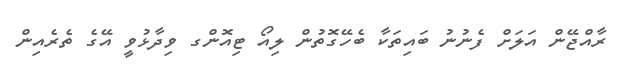
ރާއްޖޭން އަލަށް ފެނުނު ބައިތަކާ ބެހޭގޮތުން ލިއޯ ޓިއޮންގ ވިދާޅުވީ އޭގެ ތެރެއިން